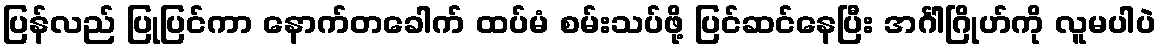
ပြန်လည် ပြုပြင်ကာ နောက်တခေါက် ထပ်မံ စမ်းသပ်ဖို့ ပြင်ဆင်နေပြီး အင်္ဂါဂြိုဟ်ကို လူမပါပဲ